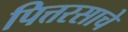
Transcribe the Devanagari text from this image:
पित्तरसाचे